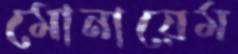
মোনায়েম